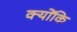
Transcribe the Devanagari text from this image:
क्योंकि